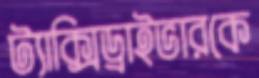
ট্যাক্সিড্রাইভারকে